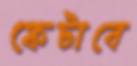
ফেটাবে